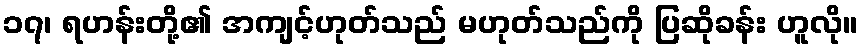
၁၇၊ ရဟန်းတို့၏ အကျင့်ဟုတ်သည် မဟုတ်သည်ကို ပြဆိုခန်း ဟူလို။